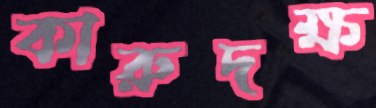
কারুদক্ষ